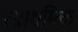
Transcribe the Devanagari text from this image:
१प्राथमिक